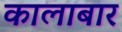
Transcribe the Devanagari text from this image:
कालाबार